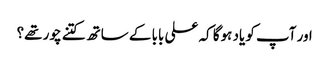
اور آپ کو یاد ہوگا کہ علی بابا کے ساتھ کتنے چور تھے؟